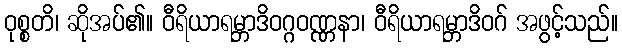
ဝုစ္စတိ၊ ဆိုအပ်၏။ ဝီရိယာရမ္ဘာဒိဝဂ္ဂဝဏ္ဏနာ၊ ဝီရိယာရမ္ဘာဒိဝဂ် အဖွင့်သည်။